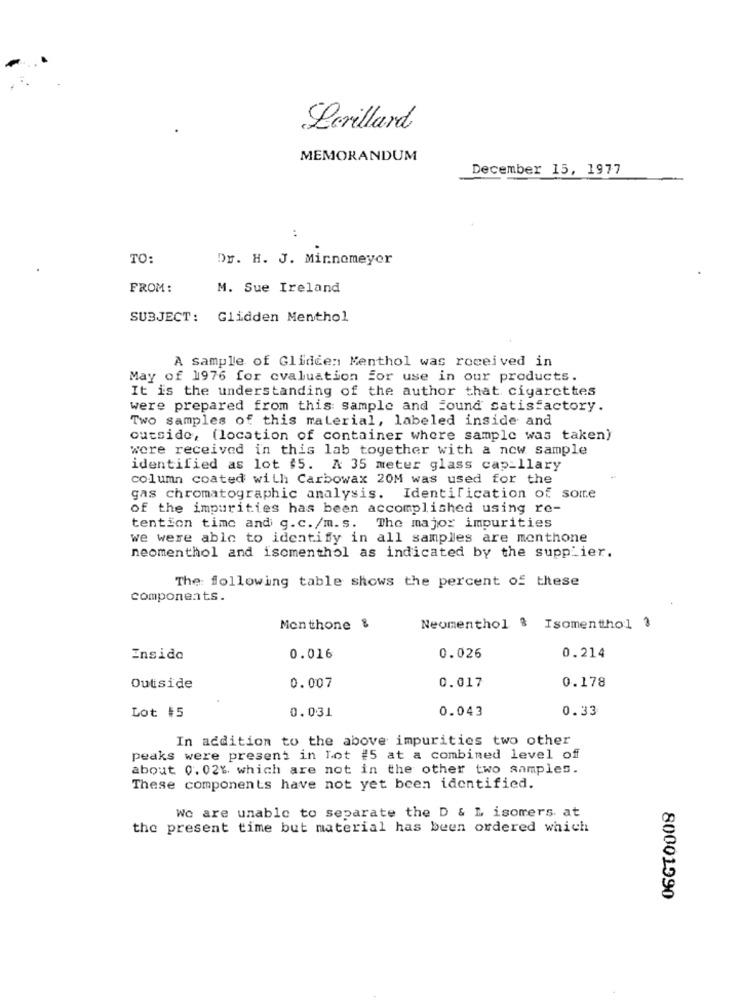
Levillard
MEMORANDUM
December 15, 1977
TO:
Dr. H. J. Minnemeyer
FROM:
M. Sue Ireland
SUBJECT: Glidden Menthol
A sample of Glidden Menthol was received in
May of 1976 for cvaluation for use in our products.
It is the understanding of the author that cigarettes
were prepared from this sample and Found satisfactory.
Two samples of this material, labeled inside and
outside, (location of container where sample was taken)
were received in this lab together with a new sample
identified as lot $5. A 35 meter glass capillary
column coated with Carbowax 20M was used for the
gas chromatographic analysis. Identification of some
of the impurities has been accomplished using re-
tention time and g.c./m.s.
The major impurities
we were able to identify in all samples are monthone
neomenthol and iscmenthol as indicated by the supplier.
The following table shows the percent of these
components.
Monthone &
Neomenthol & Isomenthol 3
0.214
Inside
0.016
0.026
0.178
Outside
0.007
0.017
0.031
0.043
0.33
Lot #5
In addition to the above impurities two other
peaks were present in Lot #5 at a combined level off
about 0.02%, which are not in the other two anmples.
These components have not yet been identified.
We are unable to separate the D & L isomers. at
the present time but material has been ordered which
80001990